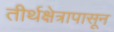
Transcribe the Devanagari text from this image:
तीर्थक्षेत्रापासून